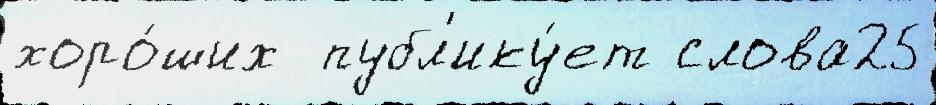
хоро́ших  публ'ику́ет слова25